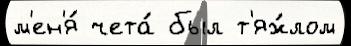
м'ен'я́ чета́ был т'яж́лом